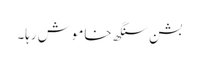
بشن سنگھ خاموش رہا۔